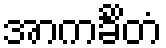
အာကင်္ခိတံ